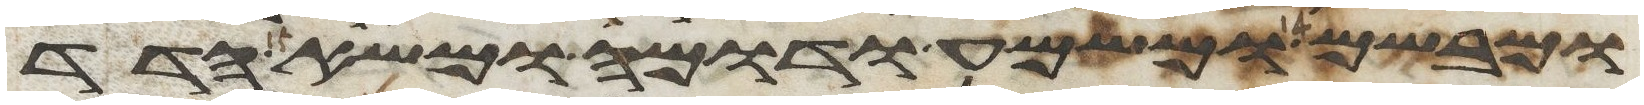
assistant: ומבשם ומשמע ודומה ומשא הדד